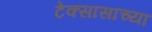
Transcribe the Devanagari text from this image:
टेक्सासाच्या